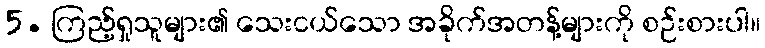
5. ကြည့်ရှုသူများ၏ သေးငယ်သော အခိုက်အတန့်များကို စဉ်းစားပါ။